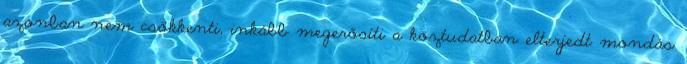
azonban nem csökkenti, inkább megerősíti a köztudatban elterjedt mondás